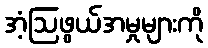
အံ့ဩဖွယ်အမှုများကို